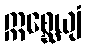
ဣစ္ဆေယျံ